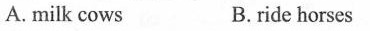
A.milk cows B.ride horses